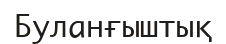
Буланғыштық